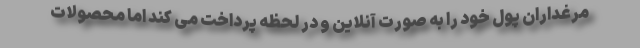
مرغداران پول خود را به صورت آنلاین و در لحظه پرداخت می کند اما محصولات